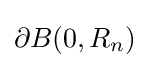
\partial B(0,R_{n})